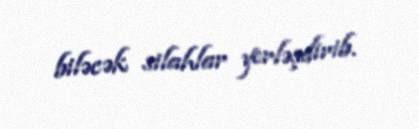
biləcək silahlar yerləşdirib.